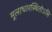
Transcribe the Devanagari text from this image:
मूलाधारस्थितोऽसि